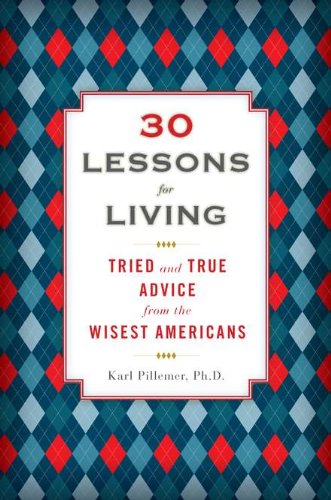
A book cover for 30 Lessons for Living: Tried and True Advice from the Wisest Americans; Karl Pillemer Ph.D.; Politics & Social Sciences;